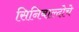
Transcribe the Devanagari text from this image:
सिनिबाल्दोचे